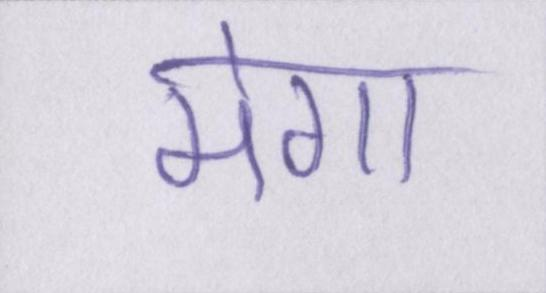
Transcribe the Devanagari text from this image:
मेगा